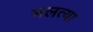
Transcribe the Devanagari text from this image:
मलत्या